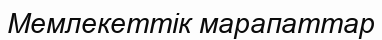
Мемлекеттік марапаттар